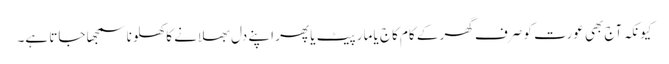
کیونکہ آج بھی عورت کو صرف گھر کے کام کاج یا مار پیٹ یا پھر اپنے دل بھلانے کا کھلونا سمجھا جاتا ہے۔